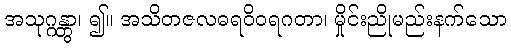
အသုဂ္ဂန္တွာ၊ ၍။ အသိတဇလဓရဝိဝရဂတာ၊ မှိုင်းညိုမည်းနက်သော